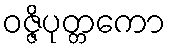
ဝဇ္ဇိပုတ္တကော